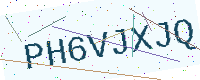
Text: PH6VJXJQ